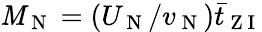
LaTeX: \mathit{M}_{\mathrm{{~N~}}}=(U_{\mathrm{{~N~}}}/v_{\mathrm{{~N~}}})\bar{{t}}_{\mathrm{{~Z~I~}}}